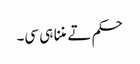
حکم تے مننا ہی سی۔